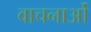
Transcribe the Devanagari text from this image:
वाचनाओं